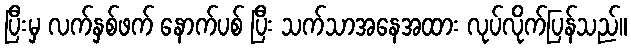
ပြီးမှ လက်နှစ်ဖက် နောက်ပစ် ပြီး သက်သာအနေအထား လုပ်လိုက်ပြန်သည်။